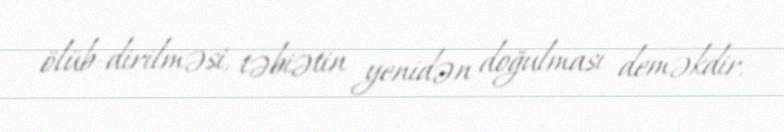
ölüb-dirilməsi, təbiətin yenidən doğulması deməkdir.